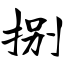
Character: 捌